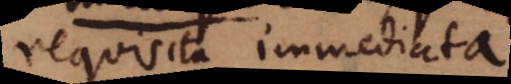
requisita immediata.